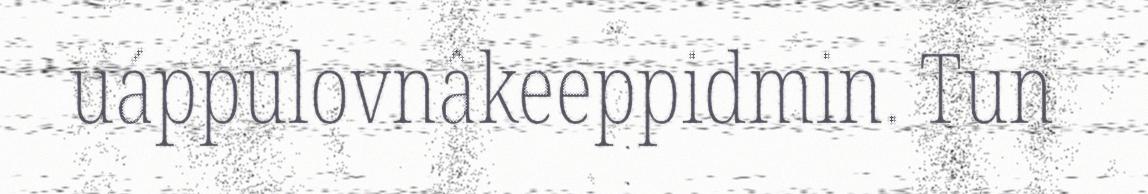
uáppulovnâkeeppidmin. Tun